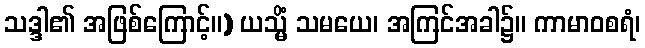
သဒ္ဒါ၏ အဖြစ်ကြောင့်။) ယသ္မိံ သမယေ၊ အကြင်အခါ၌။ ကာမာဝစရံ၊